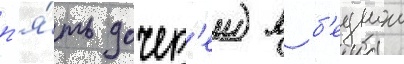
п'я́ть дочер'еи) в б'еднои